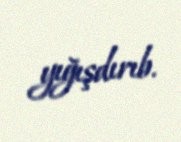
yığışdırıb.